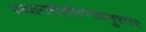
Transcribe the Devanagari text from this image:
स्थानमाहात्म्यानुसार